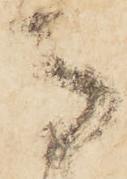
馬